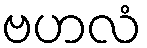
ဗဟလံ